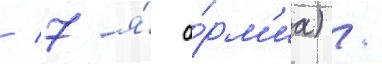
/ 7-я́ а́рм'иа) /